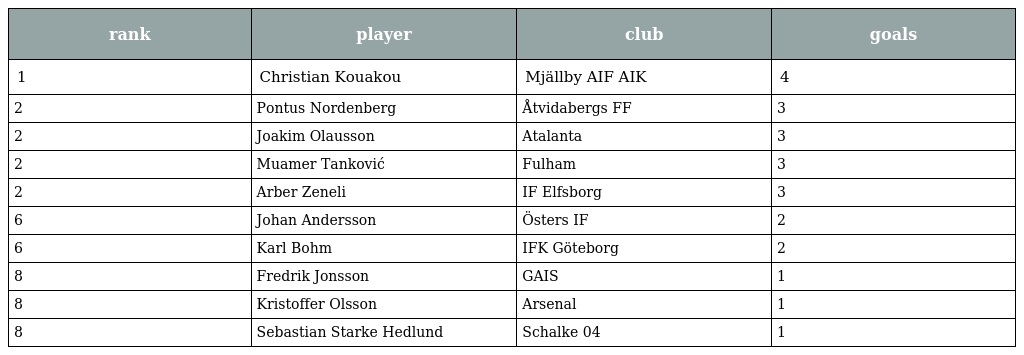
| rank | player | club | goals |
 | --- | --- | --- | --- |
 | 1 | Christian Kouakou | Mjällby AIF AIK | 4 |
 | 2 | Pontus Nordenberg | Åtvidabergs FF | 3 |
 | 2 | Joakim Olausson | Atalanta | 3 |
 | 2 | Muamer Tanković | Fulham | 3 |
 | 2 | Arber Zeneli | IF Elfsborg | 3 |
 | 6 | Johan Andersson | Östers IF | 2 |
 | 6 | Karl Bohm | IFK Göteborg | 2 |
 | 8 | Fredrik Jonsson | GAIS | 1 |
 | 8 | Kristoffer Olsson | Arsenal | 1 |
 | 8 | Sebastian Starke Hedlund | Schalke 04 | 1 |